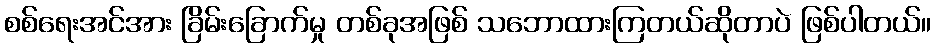
စစ်ရေးအင်အား ခြိမ်းခြောက်မှု တစ်ခုအဖြစ် သဘောထားကြတယ်ဆိုတာပဲ ဖြစ်ပါတယ်။